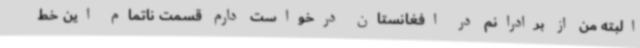
البته من از برادرانم در افغانستان درخواست دارم قسمت ناتمام این خط